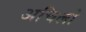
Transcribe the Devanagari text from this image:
अचिलो